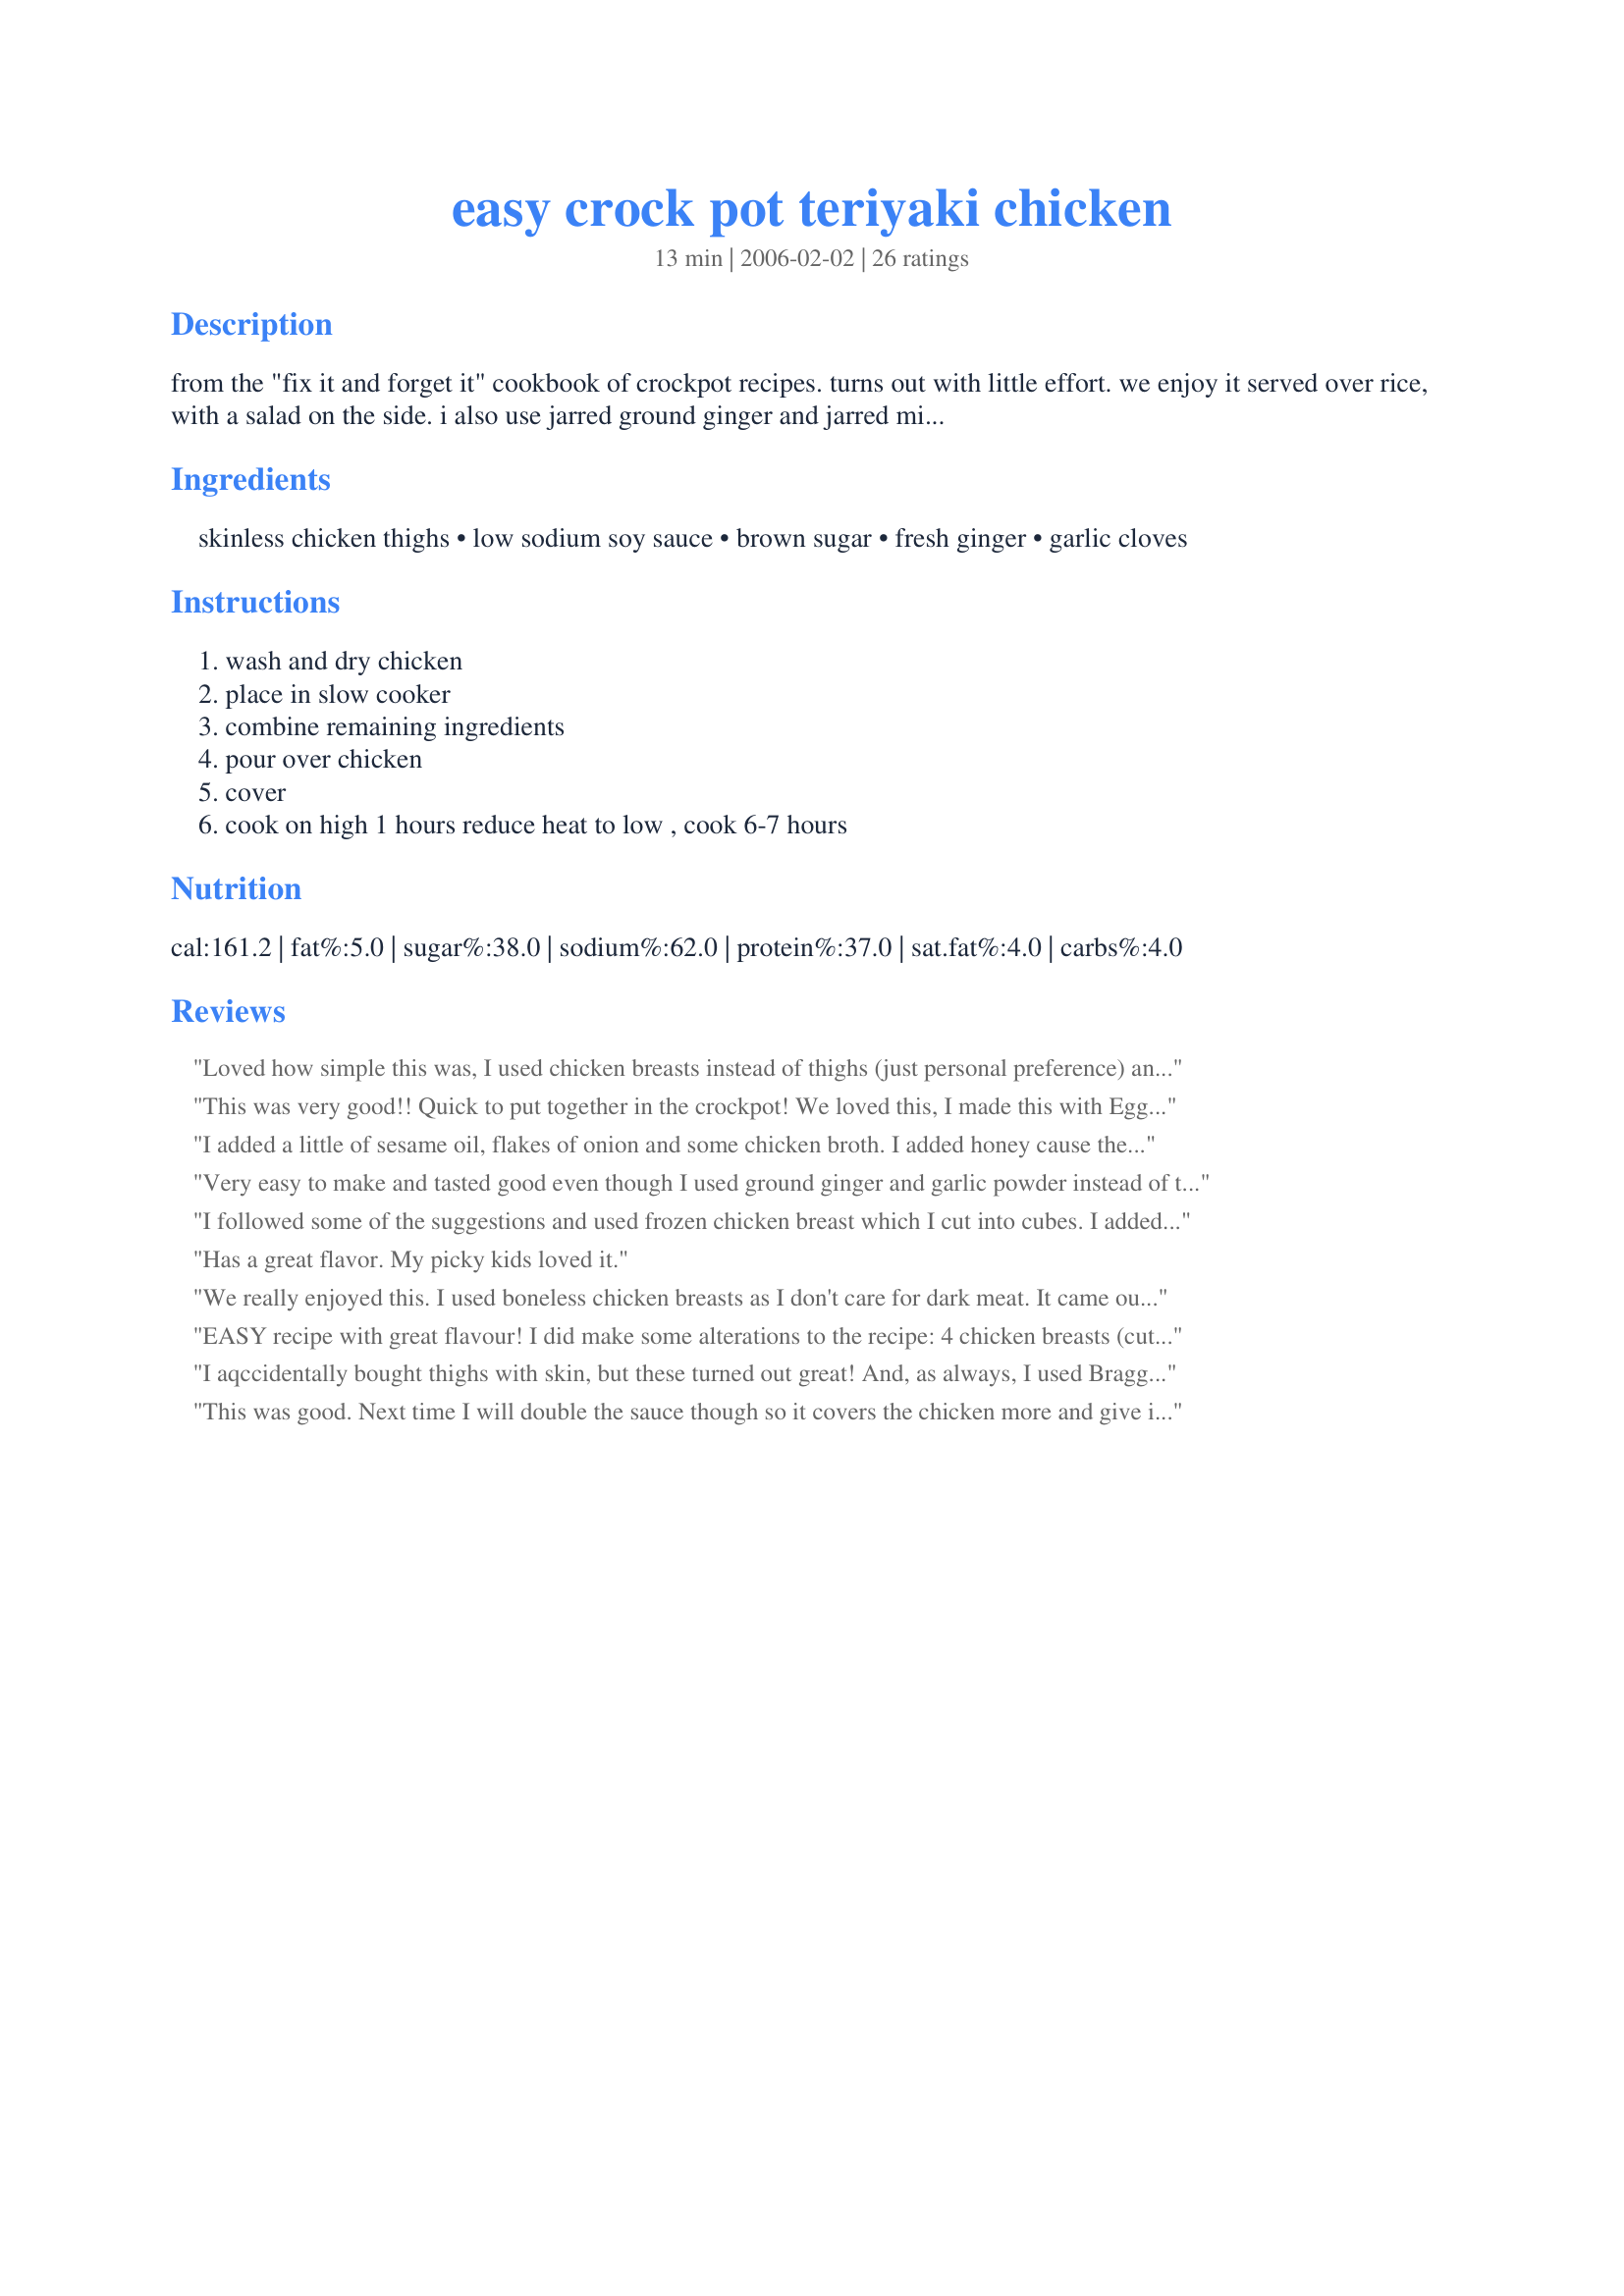
easy crock pot teriyaki chicken
Preparation time: 13 minutes

from the "fix it and forget it" cookbook of crockpot recipes. turns out with little effort. we enjoy it served over rice, with a salad on the side.

i also use jarred ground ginger and jarred minced garlic--comes out just as well.

i often double the sauce ingredients that go on top of the chicken--if you like it with more sauce, i suggest you do this. i also use low-sodium soy sauce, otherwise it will be really salty.

Ingredients:
skinless chicken thighs, low sodium soy sauce, brown sugar, fresh ginger, garlic cloves

Steps:
wash and dry chicken, place in slow cooker, combine remaining ingredients, pour over chicken, cover, cook on high 1 hours reduce heat to low , cook 6-7 hours

Reviews:
Loved how simple this was, I used chicken breasts instead of thighs (just personal preference) and cooked on high for 3 1/2 hours. Chicken was fall apart moist and the smell was amazing! I was home all day, so every time I went into the kitchen I got hungry! Love the zing from the fresh ginger too, will definitely make this again.
This was very good!! Quick to put together in the crockpot! We loved this, I made this with Egg Noodles and I thickend the sauce with about 1 T water and 1 T cornstarch. Thanks for posting!!
I added a little of sesame oil, flakes of onion and some chicken broth. I added honey cause the original recipe needed more sweetness to it. I also added the cornstarch as someone had done. DELICIOUS! I am always trying to find different crockpot meals cause I hate turning the oven on in the summer.
Very easy to make and tasted good even though I used ground ginger and garlic powder instead of the fresh ones. The meat was tender and very juicy.
I followed some of the suggestions and used frozen chicken breast which I cut into cubes. I added pineapple juice and chicken broth to double the amount of liquid but only used 1/2 cup of low sodium soy sauce. Cooked on low for 3.5 hours. During the last 40 min. I threw in frozen broccoli florets, sliced onion and red pepper. Thickened sauce with a little corn starch and served over rice. Delicious! Next time hubby said to add a few red pepper flakes to give it a little kick. Thank you for this recipe- great weeknight dinner.
Has a great flavor. My picky kids loved it.
We really enjoyed this. I used boneless chicken breasts as I don't care for dark meat. It came out wonderful. Will definatly make this again. Thank you.
EASY recipe with great flavour! I did make some alterations to the recipe: 4 chicken breasts (cut into slices), 3/4 cup light soy, 4 garlic cloves, 1/2 tsp ginger, and 3 tbsp brown sugar substitute (Twin Sugar). I cooked it on low for 7 1/2 hours, removed the chicken to thicken the sauce, then added the chicken back to heat through. Served it on rice and it was a hit! Will be making this one again, thanks!
I aqccidentally bought thighs with skin, but these turned out great! And, as always, I used Bragg's Liquid Amino Acids instead of soy sauce. My husband ranked them a 5+ out of 5. That doesn't happen often!
This was good. Next time I will double the sauce though so it covers the chicken more and give it more flavor. Thanks for posting.
Fantastic idea, but even with low sodium soy, was very salty. Might consider diluting the soy and see how that works.
This was really easy, but was quite salty and like one other reviewer I did use low sodium soy sauce. Made for Zaar Cookbooks Tag.
This was a great way to make chicken. It was simple and tasted great too. I put it on low for 8 hours since I was at work all day and the chicken was very tender by the time I got home. This is something I will make again. Thanks for posting.
I agree with some of the others. It needed more to cover. It was also too salty even for me a salt-aholic! I added more brown sugar and some orange juice. I also cooked chicken breast instead and cooked them on high for 2 hours. Pretty good all in all.
This was okay. I used dark and white meat and cooked as directed. I have to say that the white meat wasn't very good, so ONLY USE DARK MEAT for this recipe. The breasts actually got a bit hard after cooling.
I hate to give this such a low rating, but I honestly just did not like it at all. I followed the recipe exactly and my chicken was burned. I may give this a try some other time. Thanks for posting the recipe.
Husband tasted/tested and approved! Tasty and easy to throw together. I only had regular soy sauce, so I diluted it with some pineapple juice and water to cut down the saltiness (about 1.5 to 2 cups liquid altogether). I also doubled the brown sugar and used 1 T of ground ginger rather than fresh ginger. Cooked it on HIGH for 5 hours, and the chicken was tender and juicy. Served it over plain Basmati rice to sop up all the sauce.
OMG!!! Just about done and I LOVE IT!!!! I didn&#039;t have any brown sugar so I used granulated sugar... I did have to put in a bit more sugar bc it was way too salty and thanks Chef #320840 bc I thickened my sauce.... was just right!!!! Love it and I will definitely be making this again!! Cooked on high for 4 hrs and low for the last hr. Thanks!!!
This was good, but very salty! I used half regular and half low-sodium soy sauce...I would use all low-sodium next time and increase the amount of brown sugar, as it did not have the sweetness that I like in a teriyaki sauce. I used boneless skinless chicken breasts. They cooked for about 7 hours and were tender and juicy. I think this could be a really good recipe with some alterations...just a little to salty for my personal tastes.
I used chicken breast. We really did not care for it. I will not make it again.
I left this to cook for about 3 hours on low and when I came back the chicken was bone dry. The taste was not bad, a little salty. Definately needs more to cover the chicken.
Thank you for posting. It was quick, easy and very budget-friendly to make.
Even my fussy-eaters (kids) licked their fingers off.
Our landlord sent his wife to ask for the recipe - apparently the smell from the food I was cooking was divine.
I thought that this dish was salty. Next time I will use a low sodium soy sauce. Also, I had planned to cook this for the full 9 hours but had to cut my crockpot off after 5 hours so the chicken wouldn't burn.
It was a little salty even with low sodium soy sauce but still got a thumbs up from my husband and was tasty.
I thought this was very good. I used frozen chicken breasts and cut them up into bite-sized pieces and then put them in the crock pot, doubled the sauce, and cooked on low about three or four hours. I served over rice and thought it was very good. I used some cornstarch to thicken the sauce at the end.
Didn't like it at all. tasted awful.
